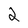
Character: 2